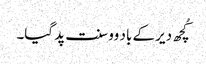
کُچھ دیر کے باد وو سنت پد گیا۔